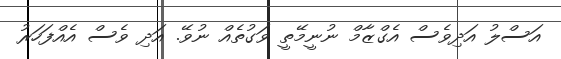
އަސްލު އަދިވެސް އެގްޒާމް ނުނީމޭތީ ވަގުތެއް ނުވޭ. އަދި ވެސް އެއްފަހަރު